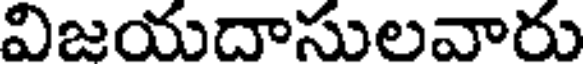
విజయదాసులవారు